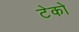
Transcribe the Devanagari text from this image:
टेको